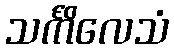
သင်္ကိလေသံ